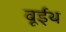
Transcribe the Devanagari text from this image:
वूईथ